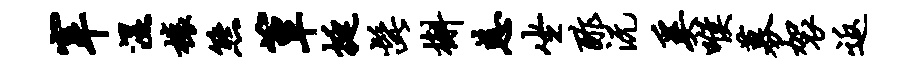
宰湿榱熊簟挺髭槲慈坐酢沅奚喉募袈返